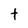
Character: t